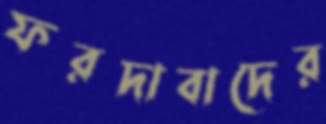
ফরদাবাদের